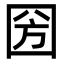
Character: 圀